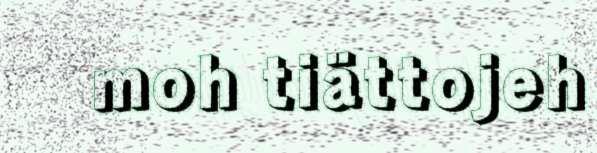
moh tiättojeh